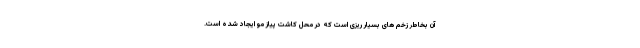
آن بخاطر زخم های بسیار ریزی است که در محل کاشت پیاز مو ایجاد شده است.